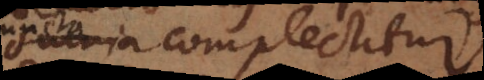
illas complectitur